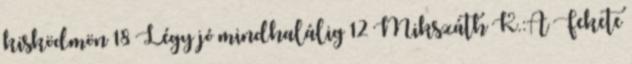
kisködmön 18 Légy jó mindhalálig 12 Mikszáth K.:A Fekete